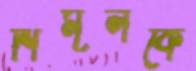
শিমূলকে